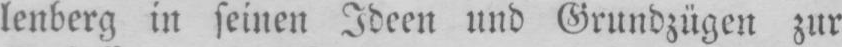
lenberg in seinen Ideen und Grundzügen zur